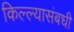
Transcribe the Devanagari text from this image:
किल्ल्यासंबधी